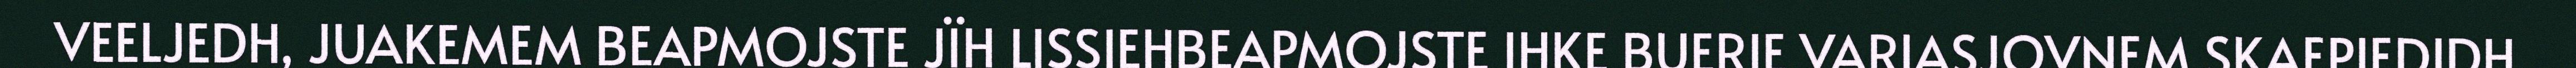
VEELJEDH, JUAKEMEM BEAPMOJSTE JÏH LISSIEHBEAPMOJSTE IHKE BUERIE VARIASJOVNEM SKAEPIEDIDH.